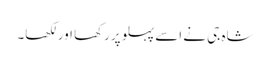
شاہ جی نے اسے پہلو پررکھا اورلکھا۔